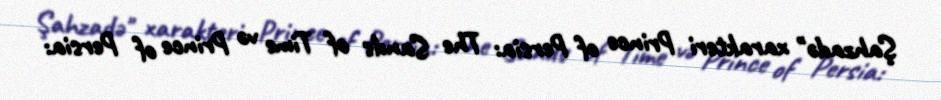
Şahzadə" xarakteri Prince of Persia: The Sands of Time və Prince of Persia: